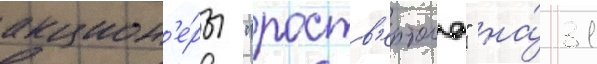
акцион'е́ры "роств'ертола" на́ 31